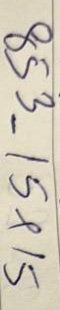
853 = 15x15